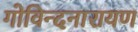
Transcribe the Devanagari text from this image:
गोविन्दनारायण